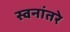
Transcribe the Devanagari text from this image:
स्वनांतरे